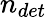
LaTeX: n_{det}